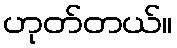
ဟုတ်တယ်။